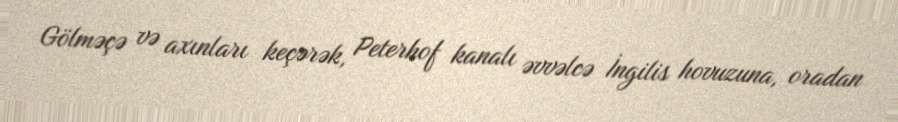
Gölməçə və axınları keçərək, Peterhof kanalı əvvəlcə İngilis hovuzuna, oradan